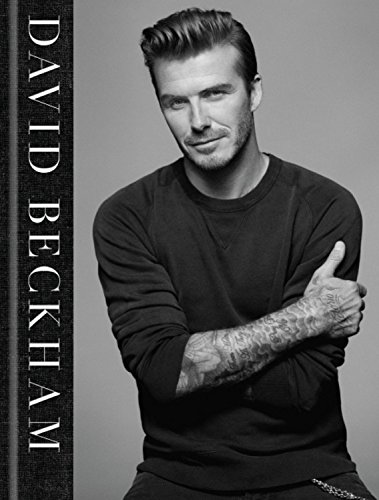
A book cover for David Beckham; David Beckham; Biographies & Memoirs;